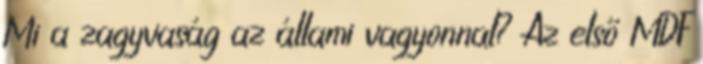
Mi a zagyvaság az állami vagyonnal? Az első MDF